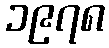
၁၉၇၈